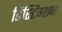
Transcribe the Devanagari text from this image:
डिस्टिंग्शन